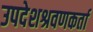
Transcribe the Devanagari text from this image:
उपदेशश्रवणकर्ता